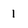
Character: 1